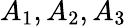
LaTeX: A_{1},A_{2},A_{3}